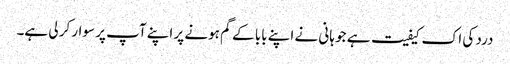
درد کی اک کیفیت ہے جو ہانی نے اپنے بابا کے گم ہونے پر اپنے آپ پر سوار کر لی ہے۔